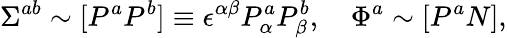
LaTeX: \Sigma^{ab}\sim[P^{a}P^{b}]\equiv\epsilon^{\alpha\beta}P_{\alpha}^{a}P_{\beta}^{b},\quad\Phi^{a}\sim[P^{a}N],